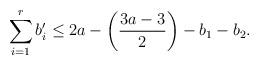
LaTeX: \begin{align*}\sum_{i=1}^r b_i' \leq 2a - \left(\frac{3a-3}{2}\right) - b_1 - b_2.\end{align*}